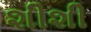
શીશી